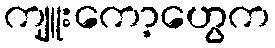
ကျူးကော့ဟွေက